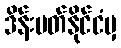
ဒိန်းမတ်နိုင်ငံမှ